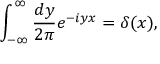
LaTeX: \int _ { - \infty } ^ { \infty } \frac { d y } { 2 \pi } e ^ { - i y x } = \delta ( x ) ,